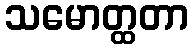
သမောတ္ထတာ